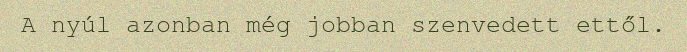
A nyúl azonban még jobban szenvedett ettől.